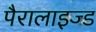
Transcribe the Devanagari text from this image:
पैरालाइज्ड